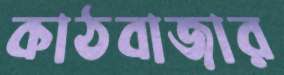
কাঠবাজার